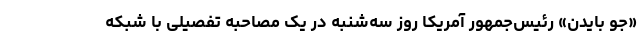
«جو بایدن» رئیس‌جمهور آمریکا روز سه‌شنبه در یک مصاحبه تفصیلی با شبکه